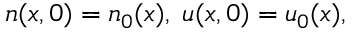
n ( x , 0 ) = n _ { 0 } ( x ) , \; u ( x , 0 ) = u _ { 0 } ( x ) ,